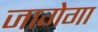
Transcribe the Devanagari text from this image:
जागेगा